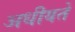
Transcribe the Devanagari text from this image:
अधीयते